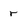
Character: r